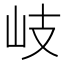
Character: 岐